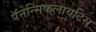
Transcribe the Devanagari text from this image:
पॅनेन्सिफलायटिस